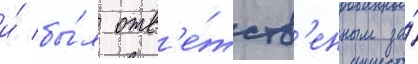
и́ бы́л отв'е́тств'енным за́